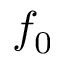
f _ { 0 }